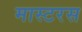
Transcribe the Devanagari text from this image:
मास्टरस